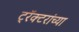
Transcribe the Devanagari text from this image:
ट्रॅक्टरांच्या